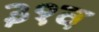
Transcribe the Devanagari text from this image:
३१व